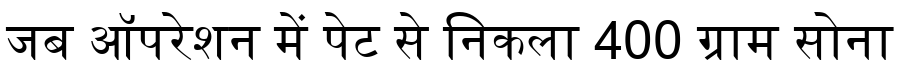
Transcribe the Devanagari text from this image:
जब ऑपरेशन में पेट से निकला 400 ग्राम सोना